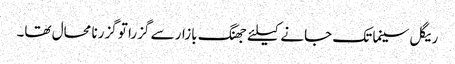
ریگل سینما تک جانے کیلئے جھنگ بازار سے گزرا تو گزرنا محال تھا۔